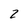
Character: 2